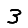
Digit: 3